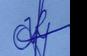
Signature authenticity: genuine